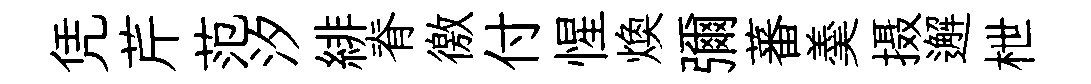
凭芹范汐緋脊徼付惺焕彌蕃羮摄邂枻